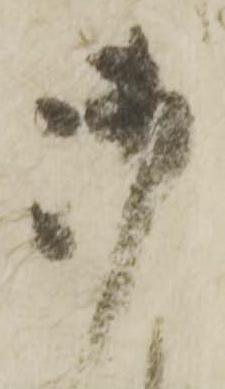
御